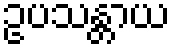
ဥပသန္တာယ